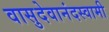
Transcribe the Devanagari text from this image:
वासुदेवानंदस्वामी